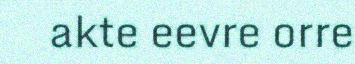
akte eevre orre